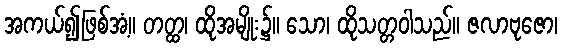
အကယ်၍ဖြစ်အံ့။ တတ္ထ၊ ထိုအမျိုး၌။ သော၊ ထိုသတ္တဝါသည်။ ဇလာဗုဇော၊